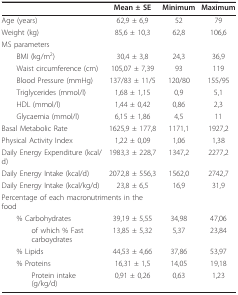
|  | Mean ± SE | Minimum | Maximum |
 | --- | --- | --- | --- |
 | Age (years) | 62,9 ± 6,9 | 52 | 79 |
 | Weight (kg) | 85,6 ± 10,3 | 62,8 | 106,6 |
 | MS parameters |  |  |  |
 | BMI (kg/m2) | 30,4 ± 3,8 | 24,3 | 36,9 |
 | Waist circumference (cm) | 105,07 ± 7,39 | 93 | 119 |
 | Blood Pressure (mmHg) | 137/83 ± 11/5 | 120/80 | 155/95 |
 | Triglycerides (mmol/l) | 1,68 ± 1,15 | 0,9 | 5,1 |
 | HDL (mmol/l) | 1,44 ± 0,42 | 0,86 | 2,3 |
 | Glycaemia (mmol/l) | 6,15 ± 1,86 | 4,5 | 11 |
 | Basal Metabolic Rate | 1625,9 ± 177,8 | 1171,1 | 1927,2 |
 | Physical Activity Index | 1,22 ± 0,09 | 1,06 | 1,38 |
 | Daily Energy Expenditure (kcal/d) | 1983,3 ± 228,7 | 1347,2 | 2277,2 |
 | Daily Energy Intake (kcal/d) | 2072,8 ± 556,3 | 1562,0 | 2742,7 |
 | Daily Energy Intake (kcal/kg/d) | 23,8 ± 6,5 | 16,9 | 31,9 |
 | <COLSPAN=2> Percentage of each macronutriments in the food |  |  |
 | % Carbohydrates | 39,19 ± 5,55 | 34,98 | 47,06 |
 | of which % Fast carboydrates | 13,85 ± 5,32 | 5,37 | 23,84 |
 | % Lipids | 44,53 ± 4,66 | 37,86 | 53,97 |
 | % Proteins | 16,31 ± 1,5 | 14,05 | 19,18 |
 | Protein intake (g/kg/d) | 0,91 ± 0,26 | 0,63 | 1,23 |